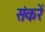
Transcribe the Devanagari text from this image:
संकरें